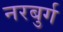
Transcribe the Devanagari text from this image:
नरबुर्ग